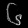
Digit: ၆